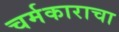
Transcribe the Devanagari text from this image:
चर्मकाराचा